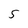
Character: 5